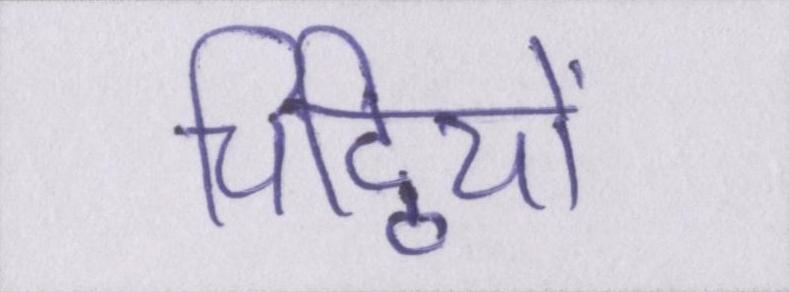
चिट्ठियों